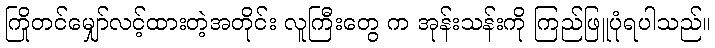
ကြိုတင်မျှော်လင့်ထားတဲ့အတိုင်း လူကြီးတွေ က အုန်းသန်းကို ကြည်ဖြူပုံရပါသည်။